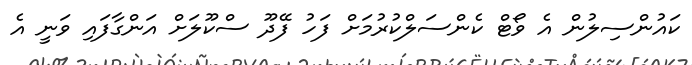
ކައުންސިލުން އެ ވޯޓް ކެންސަލްކުރުމަށް ފަހު ފޭދޫ ސްކޫލަށް އަންގާފައި ވަނީ އެ